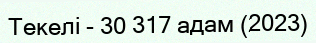
Текелі - 30 317 адам (2023)